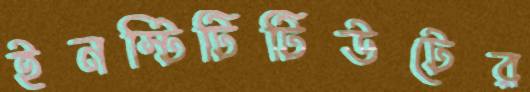
ইনস্টিটিটিউটের